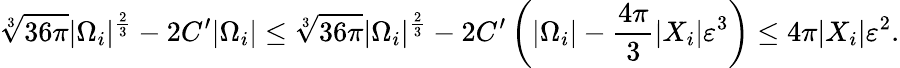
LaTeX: \sqrt[3]{36\pi}|\Omega_{i}|^{\frac{2}{3}}-2C^{\prime}|\Omega_{i}|\leq\sqrt[3]{36\pi}|\Omega_{i}|^{\frac{2}{3}}-2C^{\prime}\left(|\Omega_{i}|-\frac{4\pi}{3}|X_{i}|\varepsilon^{3}\right)\leq 4\pi|X_{i}|\varepsilon^{2}.